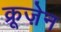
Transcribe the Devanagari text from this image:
क्रूज़ेन